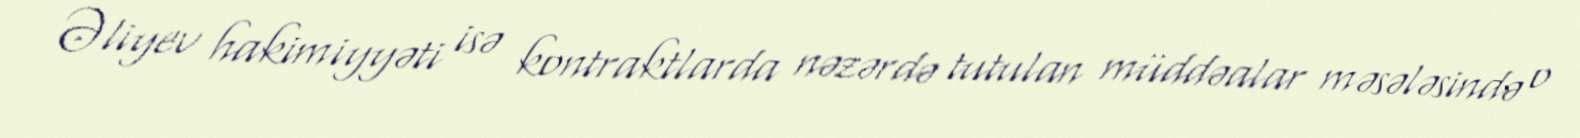
Əliyev hakimiyyəti isə kontraktlarda nəzərdə tutulan müddəalar məsələsində o